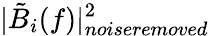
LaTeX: |\tilde{B}_{i}(f)|_{\textit{noiseremoved}}^{2}